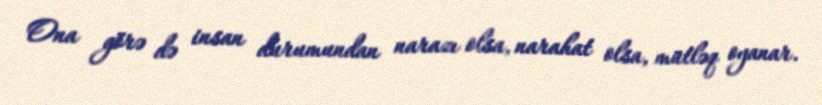
Ona görə də insan durumundan narazı olsa, narahat olsa, mütləq oyanar.